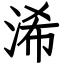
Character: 浠